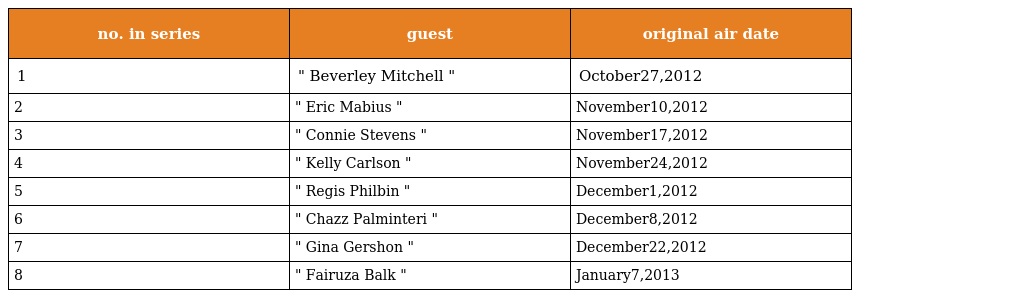
| no. in series | guest | original air date |
 | --- | --- | --- |
 | 1 | " Beverley Mitchell " | October27,2012 |
 | 2 | " Eric Mabius " | November10,2012 |
 | 3 | " Connie Stevens " | November17,2012 |
 | 4 | " Kelly Carlson " | November24,2012 |
 | 5 | " Regis Philbin " | December1,2012 |
 | 6 | " Chazz Palminteri " | December8,2012 |
 | 7 | " Gina Gershon " | December22,2012 |
 | 8 | " Fairuza Balk " | January7,2013 |